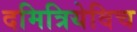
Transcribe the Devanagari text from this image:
दमित्रियेविच